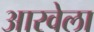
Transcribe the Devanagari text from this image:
आरवेला